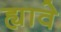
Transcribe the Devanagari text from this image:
ह्यावे